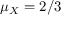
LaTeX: \mu _ { X } = 2 / 3